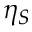
\eta _ { S }